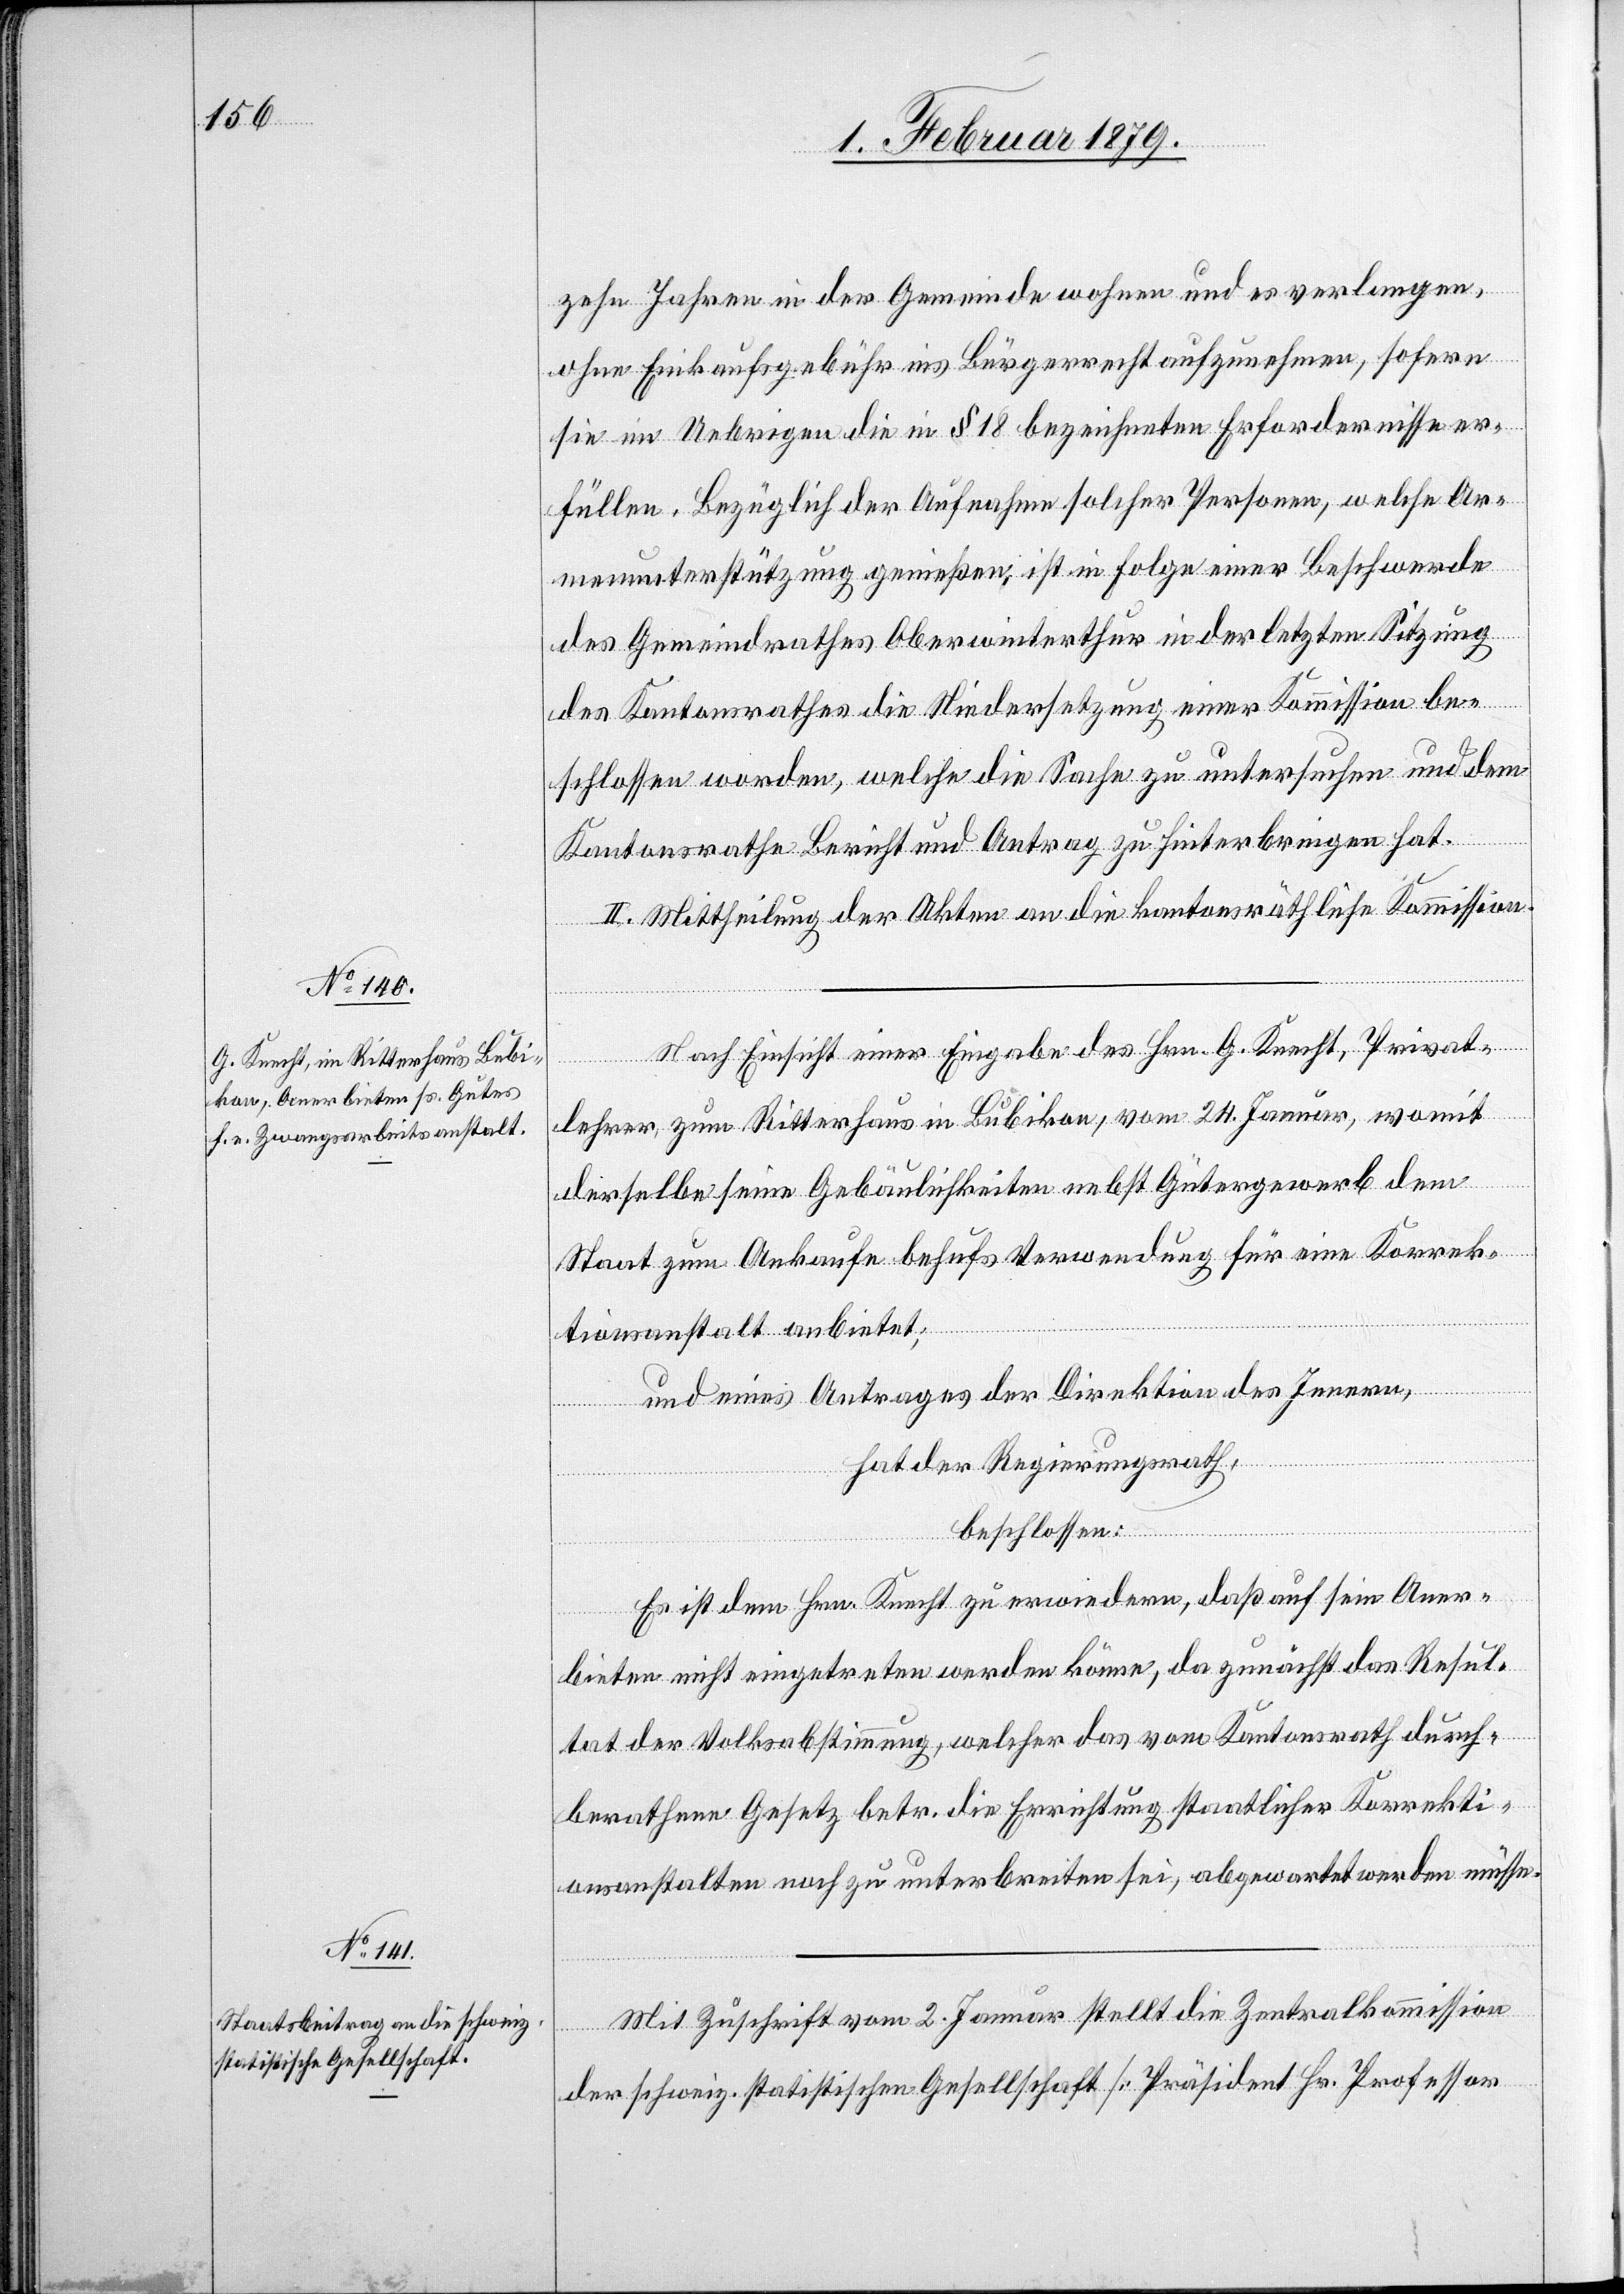
zehn Jahren in der Gemeinde wohnen und es verlangen,
ohne Einkaufsgebühr ins Bürgerrecht aufzunehmen, sofern
sie im Uebrigen die in § 18 bezeichneten Erfordernisse er¬
füllen. Bezüglich der Aufnahme solcher Personen, welche Ar¬
menunterstützung genießen, ist in Folge einer Beschwerde
des Gemeindrathes Oberwinterthur in der letzten Sitzung
des Kantonsrathes die Niedersetzung einer Kommission be¬
schlossen worden, welche die Sache zu untersuchen und dem
Kantonsrathe Bericht und Antrag zu hinterbringen hat.
II. Mittheilung der Akten an die kantonsräthliche Kommission.
Nach Einsicht einer Eingabe des Hrn. G. Knecht, Privat¬
lehrer, zum Ritterhaus in Bubikon, vom 24. Januar, womit
derselbe seine Gebäulichkeiten nebst Gütergewerb dem
Staat zum Ankaufe behufs Verwendung für eine Korrek¬
tionsanstalt anbietet;
und eines Antrages der Direktion des Innern,
hat der Regierungsrath,
beschlossen:
Es ist dem Hrn. Knecht zu erwiedern, daß auf sein Aner¬
bieten nicht eingetreten werden könne, da zunächst das Resul¬
tat der Volksabstimmung, welcher das vom Kantonsrath durch¬
berathene Gesetz betr. die Errichtung staatlicher Korrekti¬
onsanstalten noch zu unterbreiten sei, abgewartet werden müsse.
Mit Zuschrift vom 2. Januar stellt die Zenralkommission
der schweiz. statistischen Gesellschat [Präsident Hr. Professor